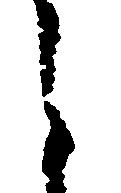
う